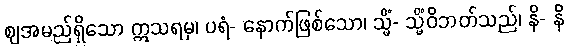
ဈအမည်ရှိသော ဣသရမှ၊ ပရံ- နောက်ဖြစ်သော၊ သ္မိံ- သ္မိံဝိဘတ်သည်၊ နိ- နိ